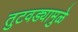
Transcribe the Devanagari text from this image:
तुटवड्यामुळे